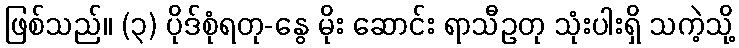
ဖြစ်သည်။ (၃) ပိုဒ်စုံရတု-နွေ မိုး ဆောင်း ရာသီဥတု သုံးပါးရှိ သကဲ့သို့